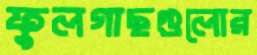
ফুলগাছগুলোর